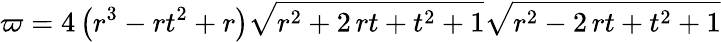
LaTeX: \varpi=4\, {\left(r^{3}-rt^{2}+r\right)}\sqrt{r^{2}+2\, rt+t^{2}+1}\sqrt{r^{2}-2\, rt+t^{2}+1}